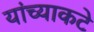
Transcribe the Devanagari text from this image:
यांच्याकटे